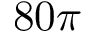
8 0 \pi